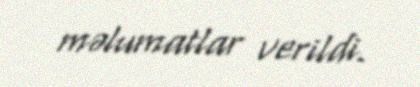
məlumatlar verildi.